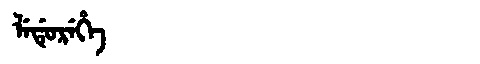
Manchu: ᠯᡝᡩᡠᡵᡝᡥᡝ
Romanization: LEDUREHE